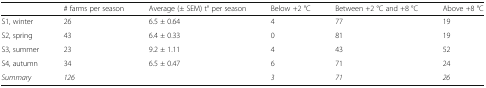
|  | # farms per season | Average (± SEM) t° per season | Below +2 °C | Between +2 °C and +8 °C | Above +8 °C |
 | --- | --- | --- | --- | --- | --- |
 | S1, winter | 26 | 6.5 ± 0.64 | 4 | 77 | 19 |
 | S2, spring | 43 | 6.4 ± 0.33 | 0 | 81 | 19 |
 | S3, summer | 23 | 9.2 ± 1.11 | 4 | 43 | 52 |
 | S4, autumn | 34 | 6.5 ± 0.47 | 6 | 71 | 24 |
 | Summary | 126 |  | 3 | 71 | 26 |